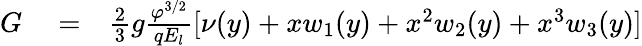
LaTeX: \begin{array}{rlr}{G}&{{}=}&{\frac{2}{3}g\frac{\varphi^{3/2}}{qE_{l}}[\nu(y)+xw_{1}(y)+x^{2}w_{2}(y)+x^{3}w_{3}(y)]}\end{array}